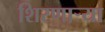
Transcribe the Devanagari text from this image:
शिरणाऱ्या